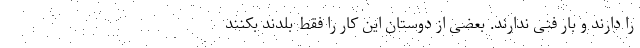
را دارند و بار فنی ندارند. بعضی از دوستان این کار را فقط بلدند بکنند